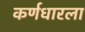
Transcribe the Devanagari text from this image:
कर्णधारला